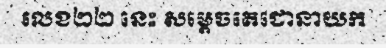
លេខ២២ នេះ សម្តេចតេជោនាយក